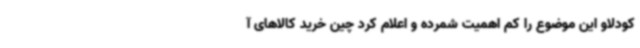
کودلاو این موضوع را کم اهمیت شمرده و اعلام کرد چین خرید کالاهای آ